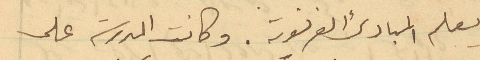
يعلم المبادئ الفرنسوية. وكانت المدرسة على